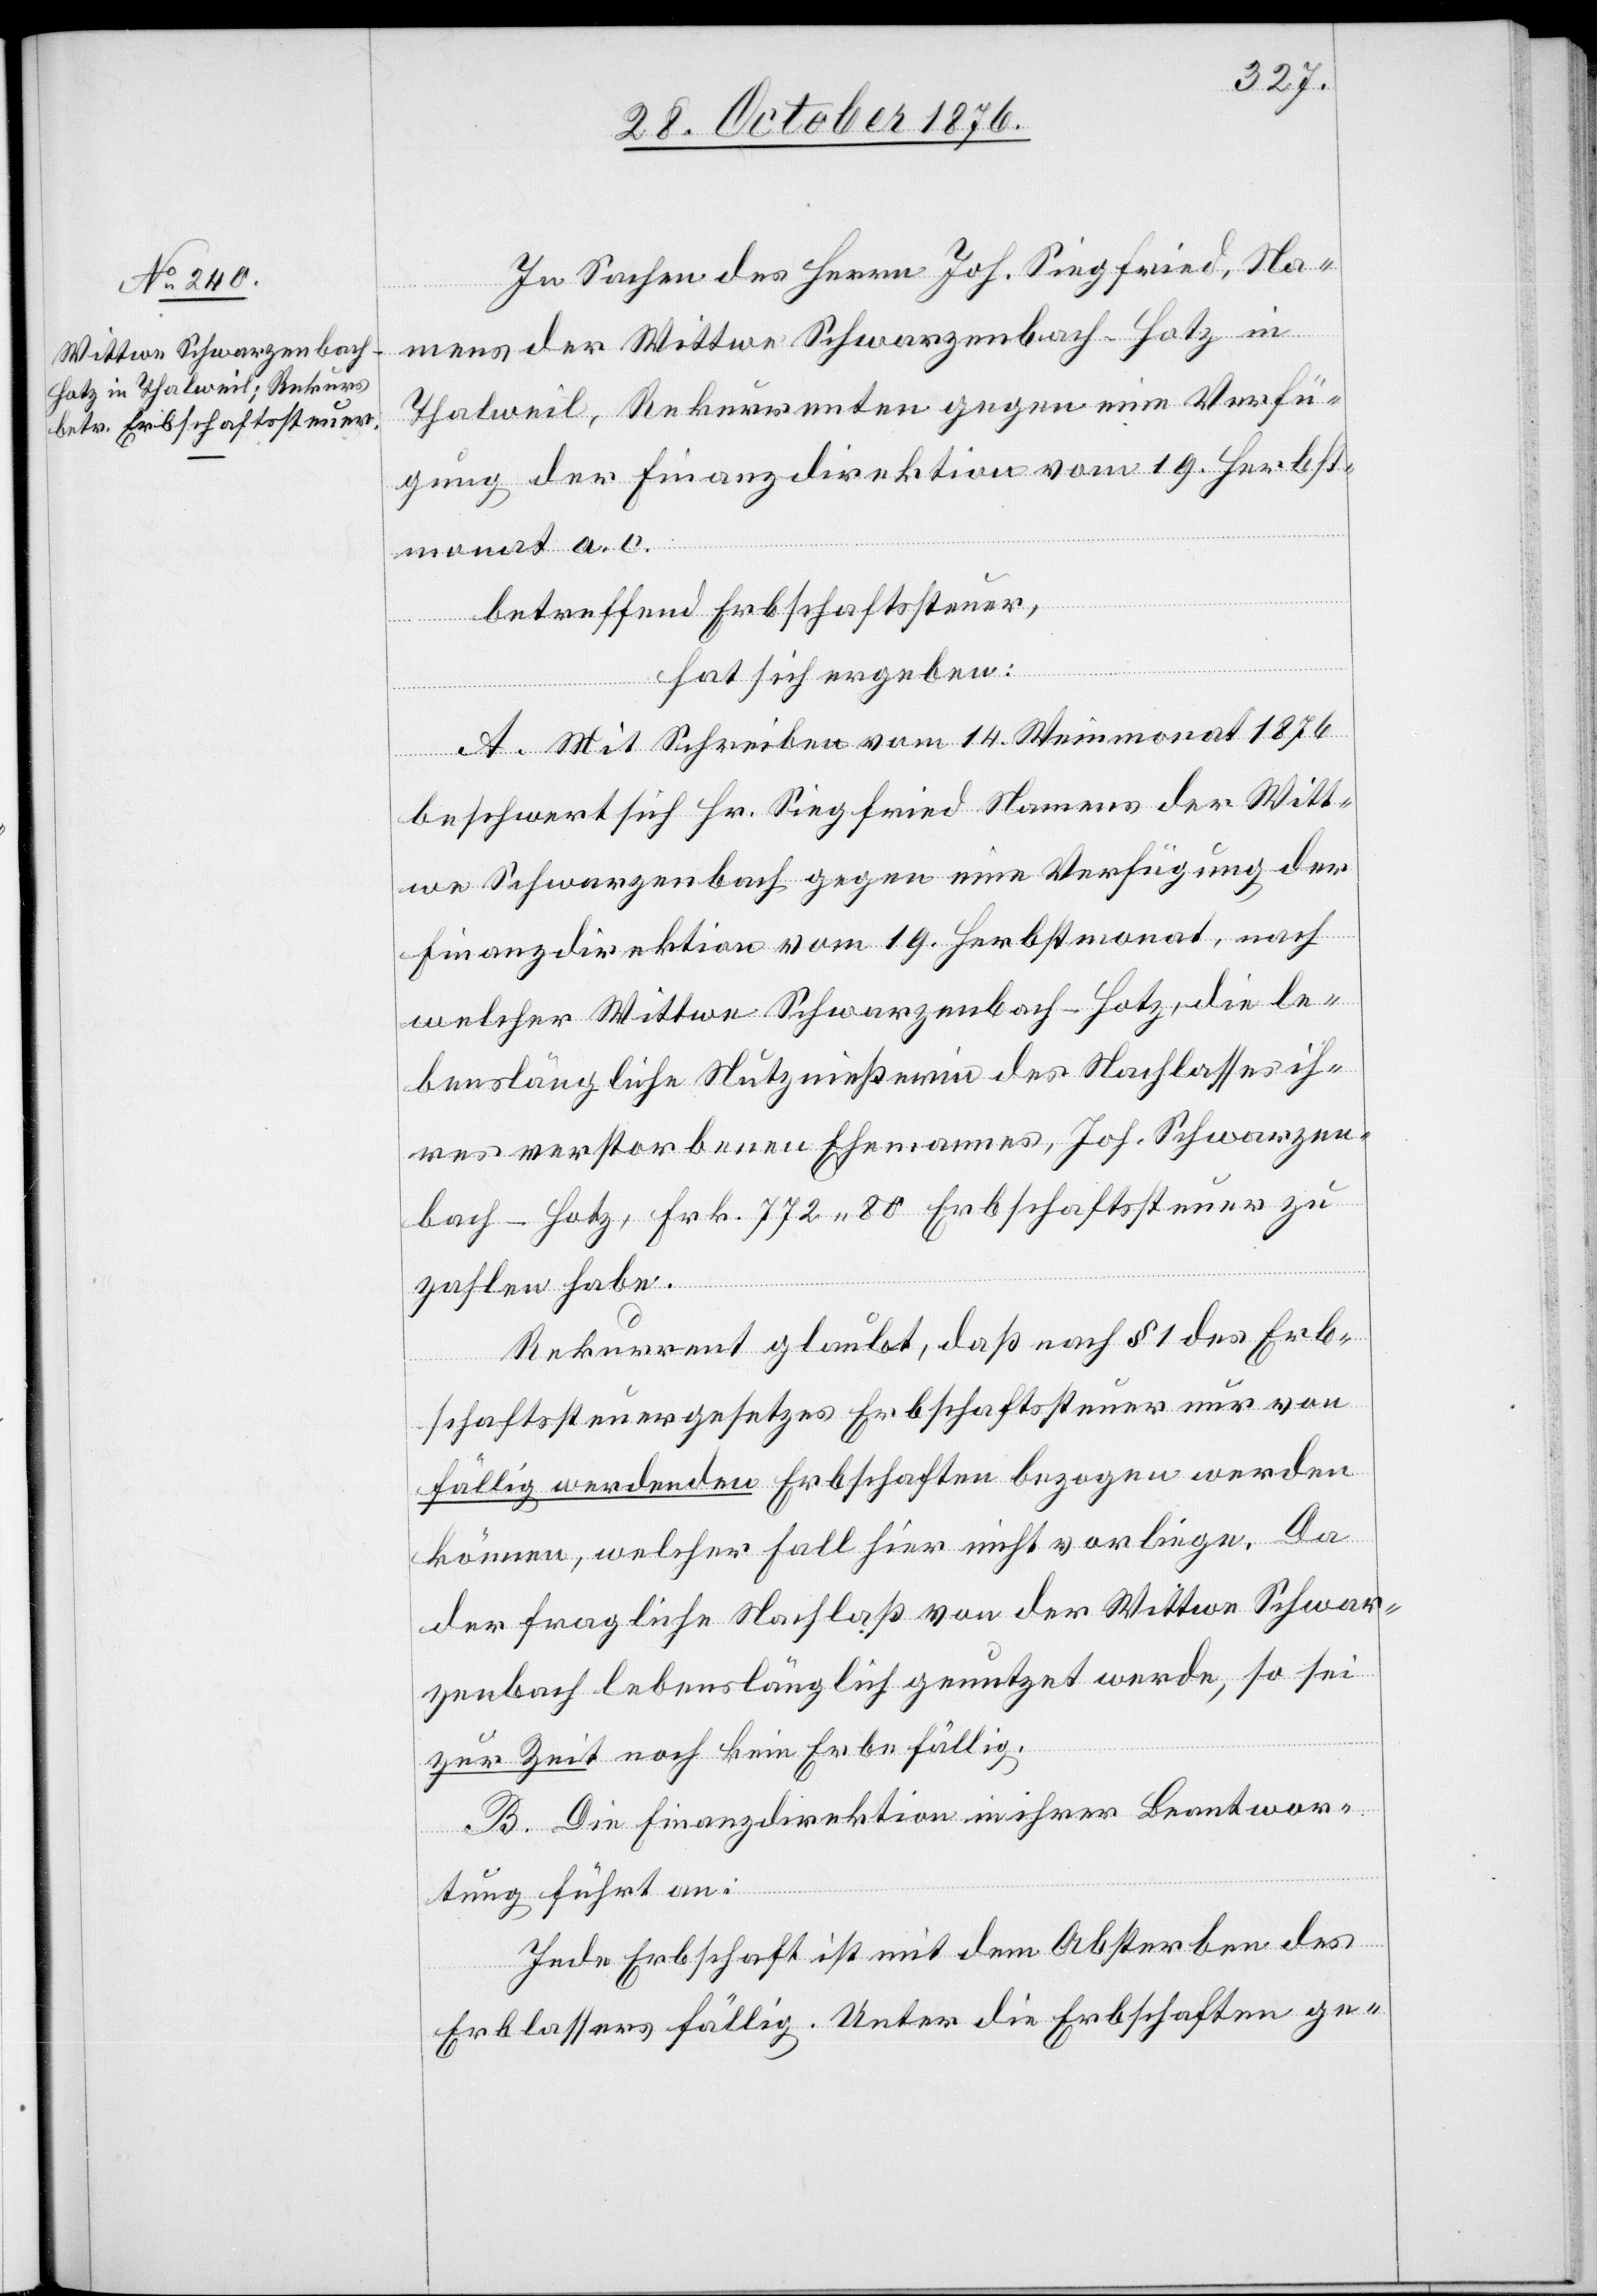
In Sachen des Herrn Joh. Siegfried, Na¬
mens der Wittwe Schwarzenbach-Hotz in
Thalweil, Rekurrenten gegen eine Verfü¬
gung der Finanzdirektion vom 19. Herbst¬
monat a. c.
betreffend Erbschaftssteuer,
hat sich ergeben:
A. Mit Schreiben vom 14. Weinmonat 1876
beschwert sich Hr. Siegfried Namens der Witt¬
we Schwarzenbach gegen eine Verfügung der
Finanzdirektion vom 19. Herbstmonat, nach
welcher Wittwe Schwarzenbach-Hotz, die le¬
benslängliche Nutznießerin des Nachlasses ih¬
res verstorbenen Ehemannes, Joh. Schwarzen¬
bach-Hotz, Frk. 772 80 Erbschaftssteuer zu
zahlen habe.
Rekurrent glaubt, daß nach § 1 des Erb¬
schaftssteuergesetzes Erbschaftssteuer nur von
fällig werdenden Erbschaften bezogen werden
können, welcher Fall hier nicht vorliege. Da
der fragliche Nachlaß von der Wittwe Schwar¬
zenbach lebenslänglich genutzt werde, so sei
zur Zeit noch kein Erbe fällig.
B. Die Finanzdirektion in ihrer Beantwor¬
tung führt an:
Jede Erbschaft ist mit dem Absterben des
Erblassers fällig. Unter die Erbschaften ge-